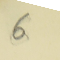
6